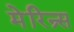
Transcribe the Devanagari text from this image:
मेरिन्र्स